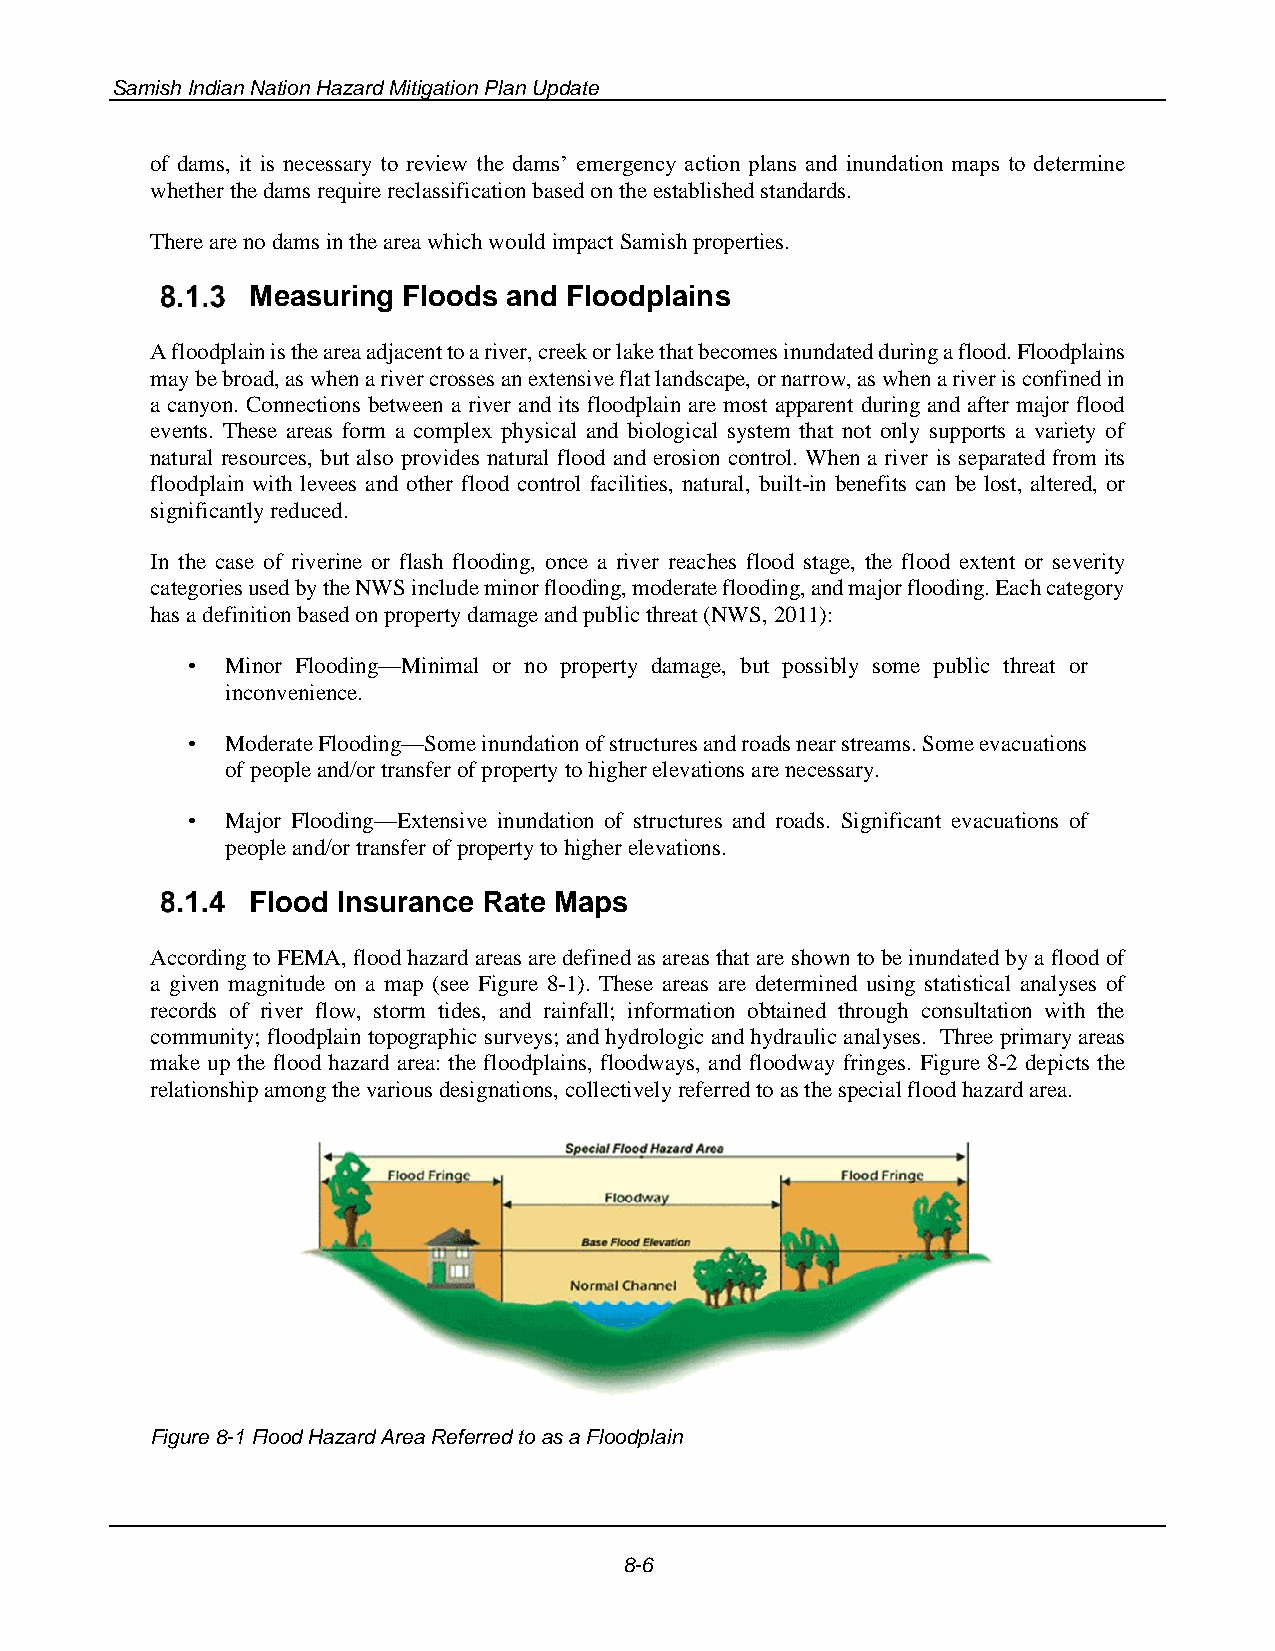
Samish Indian Nation Hazard Mitigation Plan Update
 of dams, it is necessary to review the dams’ emergency action plans and inundation maps to determine
 whether the dams require reclassification based on the established standards.
 There are no dams in the area which would impact Samish properties.
 Measuring Floods and Floodplains
 A floodplain is the area adjacent to a river, creek or lake that becomes inundated during a flood. Floodplains
 may be broad, as when a river crosses an extensive flat landscape, or narrow, as when a river is confined in
 a canyon. Connections between a river and its floodplain are most apparent during and after major flood
 events. These areas form a complex physical and biological system that not only supports a variety of
 natural resources, but also provides natural flood and erosion control. When a river is separated from its
 floodplain with levees and other flood control facilities, natural, built-in benefits can be lost, altered, or
 significantly reduced.
 In the case of riverine or flash flooding, once a river reaches flood stage, the flood extent or severity
 categories used by the NWS include minor flooding, moderate flooding, and major flooding. Each category
 has a definition based on property damage and public threat (NWS, 2011):
 •  Minor Flooding—Minimal or no property damage, but possibly some public threat or
 inconvenience.
 •  Moderate Flooding—Some inundation of structures and roads near streams. Some evacuations
 of people and/or transfer of property to higher elevations are necessary.
 •  Major Flooding—Extensive inundation of structures and roads. Significant evacuations of
 people and/or transfer of property to higher elevations.
 Flood Insurance Rate Maps
 According to FEMA, flood hazard areas are defined as areas that are shown to be inundated by a flood of
 a given magnitude on a map (see Figure 8-1). These areas are determined using statistical analyses of
 records of river flow, storm tides, and rainfall; information obtained through consultation with the
 community; floodplain topographic surveys; and hydrologic and hydraulic analyses. Three primary areas
 make up the flood hazard area: the floodplains, floodways, and floodway fringes. Figure 8-2 depicts the
 relationship among the various designations, collectively referred to as the special flood hazard area.
 Figure 8-1 Flood Hazard Area Referred to as a Floodplain
 8-6